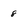
Character: 8